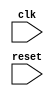
module my_module (
    input wire clk,
    input wire reset,
    // other input and output ports here
);

reg previous_reset_state;

always @(posedge clk) begin
    if (reset && !previous_reset_state) begin
        // Behavioral modeling block triggered on falling edge of reset
        // Define behavior here
    end
    previous_reset_state <= reset;
end

// Other logic and functionality of the module here

endmodule